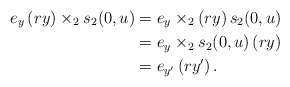
\begin{align*} e_y\, (ry) \times_2s_2(0,u) & = e_y\times_2 (ry)\,s_2(0,u) \\ & = e_y\times_2 s_2(0,u)\,(ry) \\ & = e_{y'} \, (ry')\,. \end{align*}